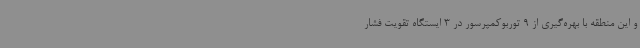
و این منطقه با بهره‌گیری از 9 توربوکمپرسور در 3 ایستگاه تقویت فشار